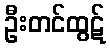
ဦးတင်ထွဋ်